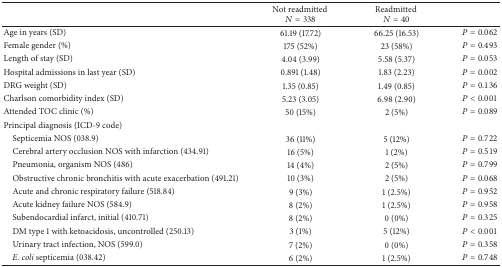
<table><thead><tr><td><b> </b></td><td><b>Not readmitted <i>N</i> = 338</b></td><td><b>Readmitted <i>N</i> = 40</b></td><td><b> </b></td></tr></thead><tbody><tr><td>Age in years (SD)</td><td>61.19 (17.72)</td><td>66.25 (16.53)</td><td><i>P</i> = 0.062</td></tr><tr><td>Female gender (%)</td><td>175 (52%)</td><td>23 (58%)</td><td><i>P</i> = 0.493</td></tr><tr><td>Length of stay (SD)</td><td>4.04 (3.99)</td><td>5.58 (5.37)</td><td><i>P</i> = 0.053</td></tr><tr><td>Hospital admissions in last year (SD)</td><td>0.891 (1.48)</td><td>1.83 (2.23)</td><td><i>P</i> = 0.002</td></tr><tr><td>DRG weight (SD)</td><td>1.35 (0.85)</td><td>1.49 (0.85)</td><td><i>P</i> = 0.136</td></tr><tr><td>Charlson comorbidity index (SD)</td><td>5.23 (3.05)</td><td>6.98 (2.90)</td><td><i>P</i> &lt; 0.001</td></tr><tr><td>Attended TOC clinic (%)</td><td>50 (15%)</td><td>2 (5%)</td><td><i>P</i> = 0.089</td></tr><tr><td>Principal diagnosis (ICD-9 code)</td><td> </td><td> </td><td> </td></tr><tr><td> Septicemia NOS (038.9)</td><td>36 (11%)</td><td>5 (12%)</td><td><i>P</i> = 0.722</td></tr><tr><td> Cerebral artery occlusion NOS with infarction (434.91)</td><td>16 (5%)</td><td>1 (2%)</td><td><i>P</i> = 0.519</td></tr><tr><td> Pneumonia, organism NOS (486)</td><td>14 (4%)</td><td>2 (5%)</td><td><i>P</i> = 0.799</td></tr><tr><td> Obstructive chronic bronchitis with acute exacerbation (491.21)</td><td>10 (3%)</td><td>2 (5%)</td><td><i>P</i> = 0.068</td></tr><tr><td> Acute and chronic respiratory failure (518.84)</td><td>9 (3%)</td><td>1 (2.5%)</td><td><i>P</i> = 0.952</td></tr><tr><td> Acute kidney failure NOS (584.9)</td><td>8 (2%)</td><td>1 (2.5%)</td><td><i>P</i> = 0.958</td></tr><tr><td> Subendocardial infarct, initial (410.71)</td><td>8 (2%)</td><td>0 (0%)</td><td><i>P</i> = 0.325</td></tr><tr><td> DM type 1 with ketoacidosis, uncontrolled (250.13)</td><td>3 (1%)</td><td>5 (12%)</td><td><i>P</i> &lt; 0.001</td></tr><tr><td> Urinary tract infection, NOS (599.0)</td><td>7 (2%)</td><td>0 (0%)</td><td><i>P</i> = 0.358</td></tr><tr><td> <i>E. coli</i> septicemia (038.42)</td><td>6 (2%)</td><td>1 (2.5%)</td><td><i>P</i> = 0.748</td></tr></tbody></table>